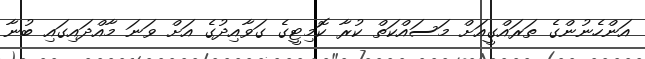
އަންހެނުންގެ ތަރައްގީއަށް މަސައްކަތް ކުރާ ކޮމިޓީގެ ގަވާއިދުގެ އަށް ވަނަ މާއްދައިގައި ބުނާ